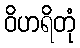
ဝိဟရိတုံ